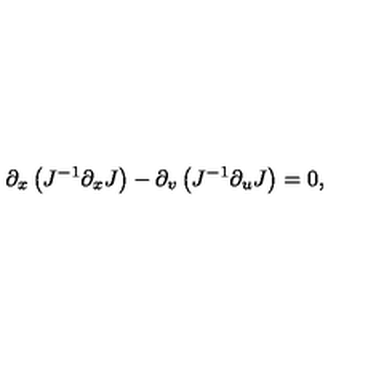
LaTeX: \partial _ { x } \left( J ^ { - 1 } \partial _ { x } J \right) - \partial _ { v } \left( J ^ { - 1 } \partial _ { u } J \right) = 0 ,